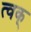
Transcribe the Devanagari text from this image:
त्वक्‌